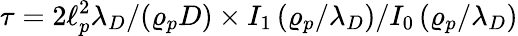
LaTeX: \tau=2\ell_{p}^{2}\lambda_{D}/(\varrho_{p}D)\times I_{1}\left(\varrho_{p}/\lambda_{D}\right)/I_{0}\left(\varrho_{p}/\lambda_{D}\right)